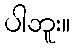
ပါဘူး။